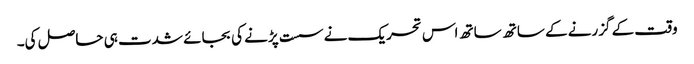
وقت کے گزرنے کے ساتھ ساتھ اس تحریک نے سست پڑنے کی بجائے شدت ہی حاصل کی۔